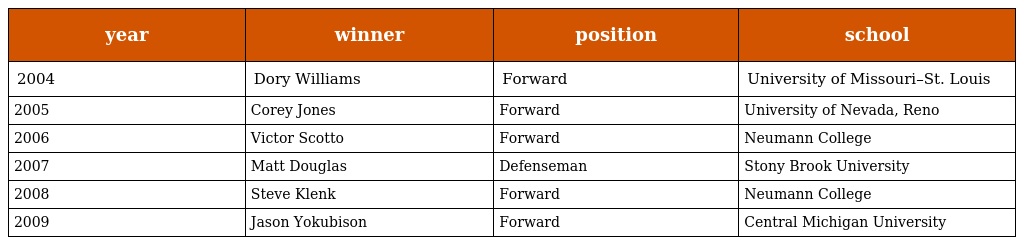
| year | winner | position | school |
 | --- | --- | --- | --- |
 | 2004 | Dory Williams | Forward | University of Missouri–St. Louis |
 | 2005 | Corey Jones | Forward | University of Nevada, Reno |
 | 2006 | Victor Scotto | Forward | Neumann College |
 | 2007 | Matt Douglas | Defenseman | Stony Brook University |
 | 2008 | Steve Klenk | Forward | Neumann College |
 | 2009 | Jason Yokubison | Forward | Central Michigan University |